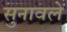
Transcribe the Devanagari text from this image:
सुनावले